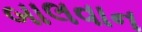
બાલવાન